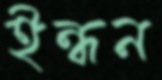
ইন্ধন